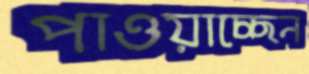
পাওয়াচ্ছেন